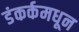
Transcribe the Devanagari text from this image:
डंकर्कमधून